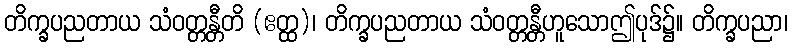
တိက္ခပညတာယ သံဝတ္တန္တီတိ (ဧတ္ထ)၊ တိက္ခပညတာယ သံဝတ္တန္တီဟူသောဤပုဒ်၌။ တိက္ခပညာ၊